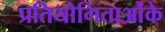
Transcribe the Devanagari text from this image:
प्रतियोगिताओंके